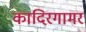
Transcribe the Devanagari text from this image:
कादिरगामर